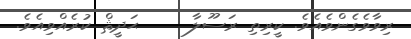
ރިވާވެގެންވެއެވެ. ކީރިތި ރަސޫލާ     ޙަދީޘް ކުރެއްވިއެވެ.